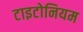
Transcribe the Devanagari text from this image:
टाइटोनियम